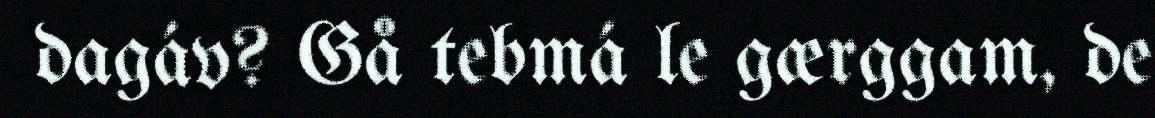
dagáv? Gå tebmá le gærggam, de